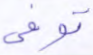
توفى